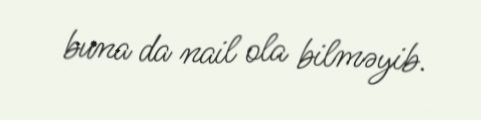
buna da nail ola bilməyib.